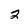
Character: 2